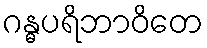
ဂန္ဓပရိဘာဝိတေ